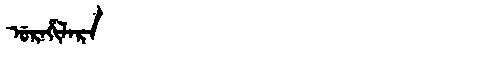
Manchu: ᡠᡵᠠᡥᡳᠯᠠᡵᠠ
Romanization: URAHILARA